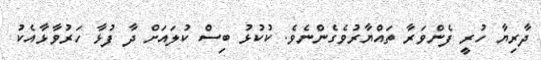
ދާރިޔާ ހުރީ ފެންވަރާ ތައްޔާރުވެގެންނެވެ. ކުކުޅު ބިސް ކުލައަށް ދާ ފުޅާ ހަރުވާޅާއެކު